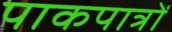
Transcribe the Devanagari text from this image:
पाकपात्रों